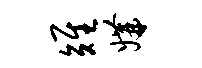
雉媾